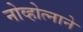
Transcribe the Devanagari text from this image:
नोव्होत्नाने